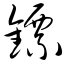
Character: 镖